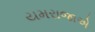
યમરાજાએ